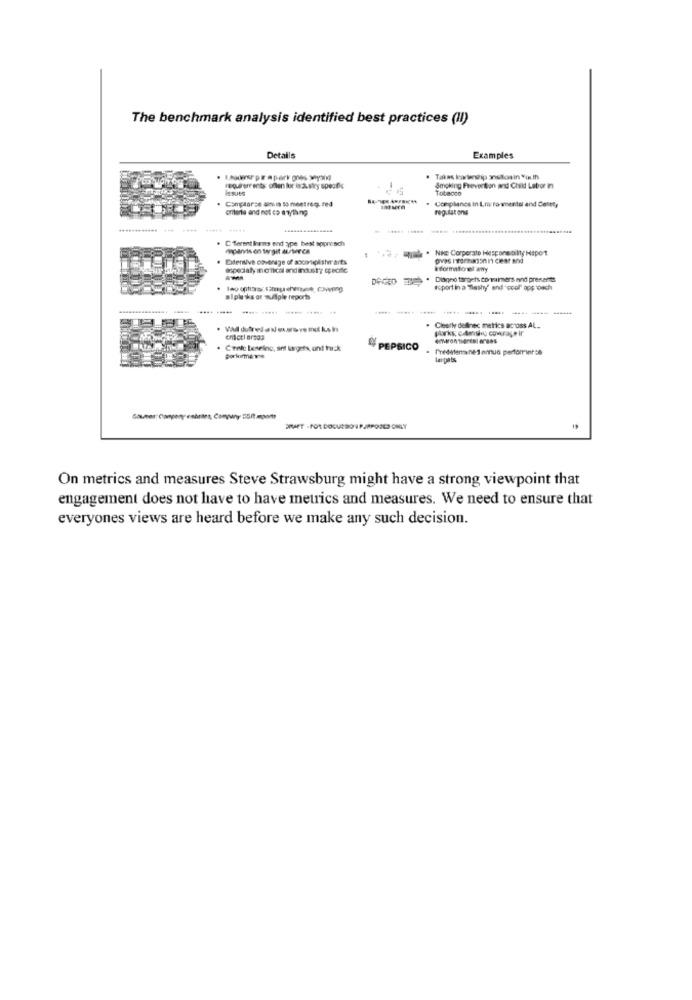
The benchmark analysis identified best practices (II)
Details
Examples
Takas kostenship ansoain Youth
requirements: oflen lur la austry spesfic
Smoking Prevention and Child Labor in
Tobacco
Camplarse anni is to meetreq, red
Compliance in Lnwy rommentor and Cette,
emitenta and not ca anything
regulat ons
..... ......
. C ferent inems end type best approach
.. . Ni Corporate Hesponebility Hapot
Difensiva coverage of aoconsplishr arts
ospedaly inefical anding.sty specific
hformatorelay
Diagno targets conaiers and presents
Icport in a "Tleshy' and cool' approach
aiplaks or wulple reports
----
. Clearly delinec metrics across AL ..
Purks: c.Amiglas coverage ir
Cente Leseine, sef Margets, and track
PEPSICO
Creditinsane 1 amnus perforintse
Porlomeme
Langats
Sounes: Campery enbrie, Company 55ft moom
ERAET - FOR DOCURSO 1 PURPOSES ONLY
On metrics and measures Steve Strawsburg might have a strong viewpoint that
engagement does not have to have metrics and measures. We need to ensure that
everyones views are heard before we make any such decision.